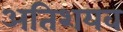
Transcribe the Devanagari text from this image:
अतिशयव